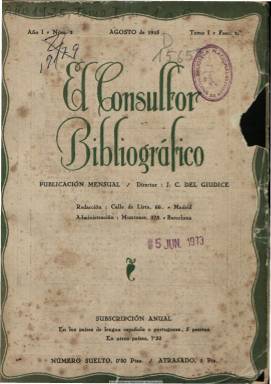
Título: El Consultor bibliográfico
Colección: Cultura
Ámbito geográfico: Barcelona
Lugar de publicación: Barcelona
Fechas: 01/08/1925-01/03/1927

Publicación mensual que aparece en Barcelona en agosto de 1925, dirigida por Juan Carlos de Guídice, en torno al centenar de páginas por fascículo, que da cuenta de la producción editorial de obras modernas, tanto literarias como científicas, principalmente en lengua española. La primera parte contiene trabajos y ensayos de carácter diverso, en donde aparecen las firmas de Américo Castro (sobre el pensamiento de Cervantes), José Carlos Mariafegui (sobre el ‘freudismo’ en la literatura contemporánea), Eugenio Noel (sobre aguafuertes ibéricas), José María de Acosta (que ofrece una galería de hispanófilos ilustres), Ángel Dotor y Municio (que escribe unas crónicas sobre la vida literaria), de R. Miquel Planas, B. Sánchez Alonso, Miguel Artigas, Rafael Heliodoro Valle o de Luis Araquistáin, entre otros. También da a conocer la producción poética de nuevos autores hispanoamericanos. En la sección “Bibliografía del mes”, ofrece un catálogo de obras remitidas. Las otras dos partes están dedicadas a “Juicios propios y ajenos”, con recensiones bibliográficas, y a “Noticias y comentarios”. Los artículos que publica son originales y algunos son traducidos, entre los que destaca también el dedicado al nuevo Diccionario de la Real Academia de la Lengua. Contiene abundante publicidad comercial de obras, editoriales y librerías, con una guía internacional de estas. Guídice señala en el primer número que la revista “es un acto de fe en la civilización ibérica”, como oposición a la “campaña de la decadencia” hispánica”. La colección de la Biblioteca Nacional de España está incompleta. El último número -20- corresponde a marzo de 1927.